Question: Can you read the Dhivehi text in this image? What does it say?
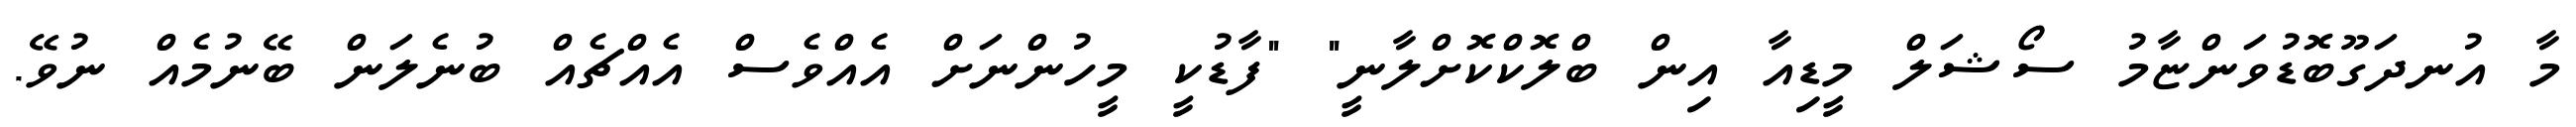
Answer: މާ އުނދަގޫބޮޑުވަންޏާމު ސޯޝަލް މީޑިއާ އިން ބްލޮކްކޮށްލާނީ" "ފާޑުކީ މީހުންނަށް އެއްވެސް އެއްޗެއް ބުނެލަން ބޭނުމެއް ނުވޭ.